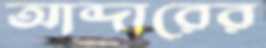
আব্দারের